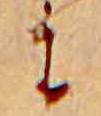
に